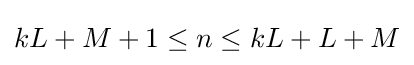
kL+M+1\leq n\leq kL+L+M